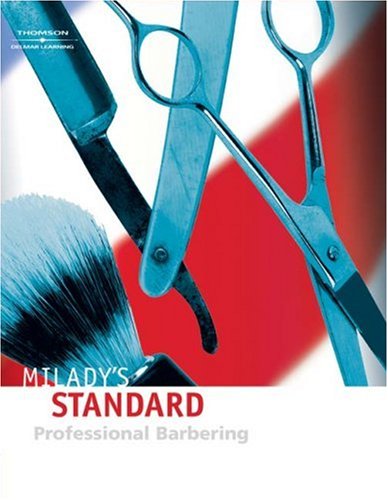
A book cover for Milady's Standard Professional Barbering; Maura T. Scali-Sheahan; Health, Fitness & Dieting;